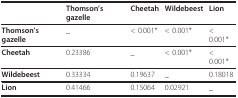
<table><thead><tr><td></td><td><b>Thomson&#x27;s gazelle</b></td><td><b>Cheetah</b></td><td><b>Wildebeest</b></td><td><b>Lion</b></td></tr></thead><tbody><tr><td><b>Thomson&#x27;s gazelle</b></td><td>_</td><td>&lt; 0.001*</td><td>&lt; 0.001*</td><td>&lt; 0.001*</td></tr><tr><td><b>Cheetah</b></td><td>0.23386</td><td>_</td><td>&lt; 0.001*</td><td>&lt; 0.001*</td></tr><tr><td><b>Wildebeest</b></td><td>0.33334</td><td>0.19637</td><td>_</td><td>0.18018</td></tr><tr><td><b>Lion</b></td><td>0.41466</td><td>0.15064</td><td>0.02921</td><td>_</td></tr></tbody></table>